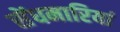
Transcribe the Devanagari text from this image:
सेंधमारियां